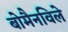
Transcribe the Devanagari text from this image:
बोमैनविले